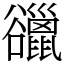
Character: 䜲